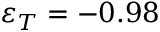
\varepsilon _ { T } = - 0 . 9 8